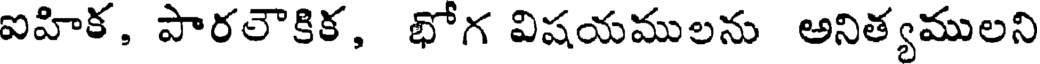
ఐహిక, పారలౌకిక, భోగ విషయములను అనిత్యములని